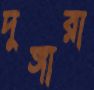
দুঙ্গারা